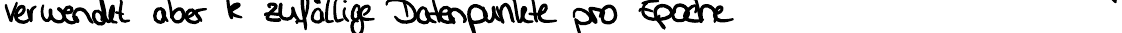
verwendet aber k zufällige Datenpunkte pro Epoche